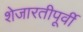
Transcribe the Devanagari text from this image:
शेजारतीपूर्वी